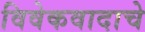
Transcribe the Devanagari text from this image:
विवेकवादाचे